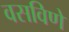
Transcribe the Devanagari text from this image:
वसविणे